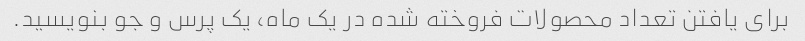
برای یافتن تعداد محصولات فروخته شده در یک ماه، یک پرس و جو بنویسید.